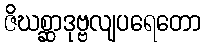
ဇိဃစ္ဆာဒုဗ္ဗလျပရေတော